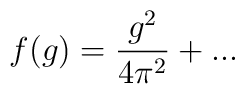
f(g) = \frac{g^2}{4 \pi^2} +...